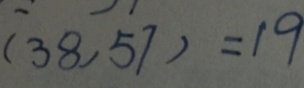
( 3 8 , 5 7 ) = 1 9